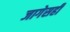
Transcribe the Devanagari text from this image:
जागेसही